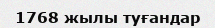
1768 жылы туғандар